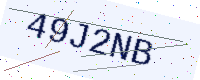
Text: 49J2NB